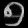
Digit: ၅